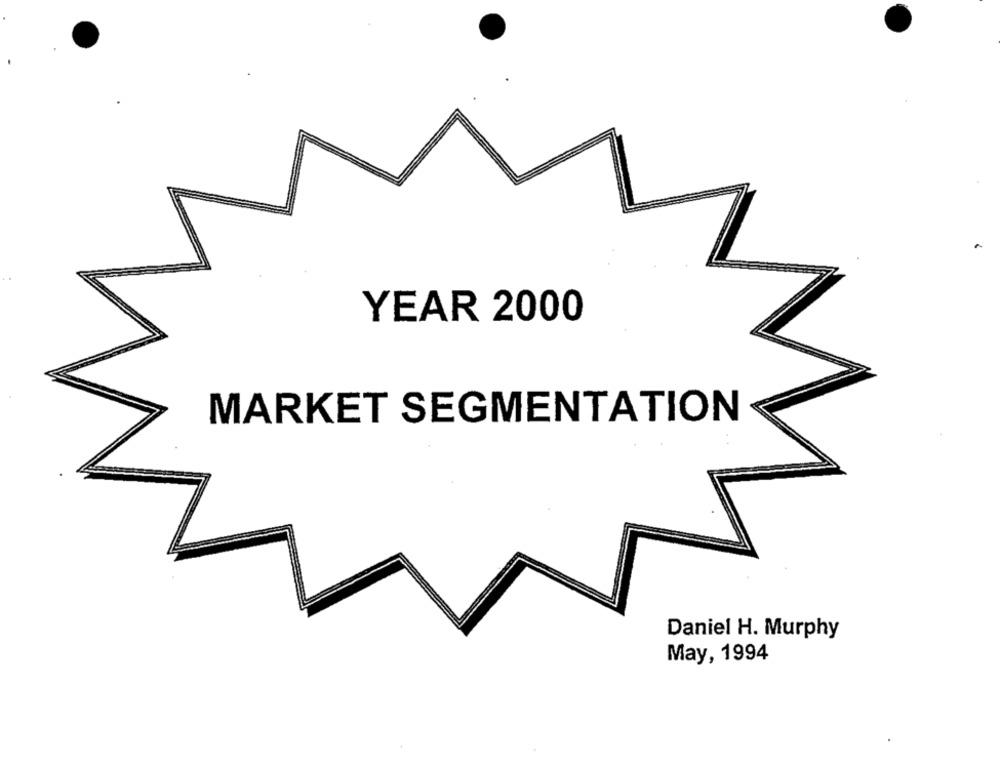
YEAR 2000
MARKET SEGMENTATION
Daniel H. Murphy
May, 1994